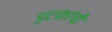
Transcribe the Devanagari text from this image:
पुटकांची